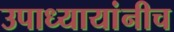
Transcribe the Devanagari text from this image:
उपाध्यायांनीच